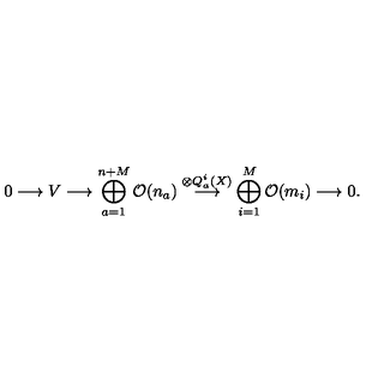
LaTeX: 0 \longrightarrow V \longrightarrow \bigoplus _ { a = 1 } ^ { n + M } { \cal O } ( n _ { a } ) \stackrel { \otimes Q _ { a } ^ { i } ( X ) } { \longrightarrow } \bigoplus _ { i = 1 } ^ { M } { \cal O } ( m _ { i } ) \longrightarrow 0 .